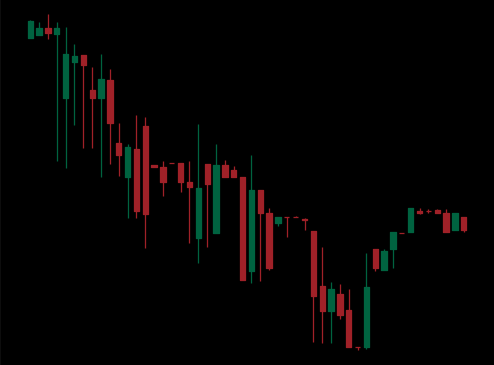
Pattern: bull_flag